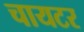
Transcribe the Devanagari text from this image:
चायटर